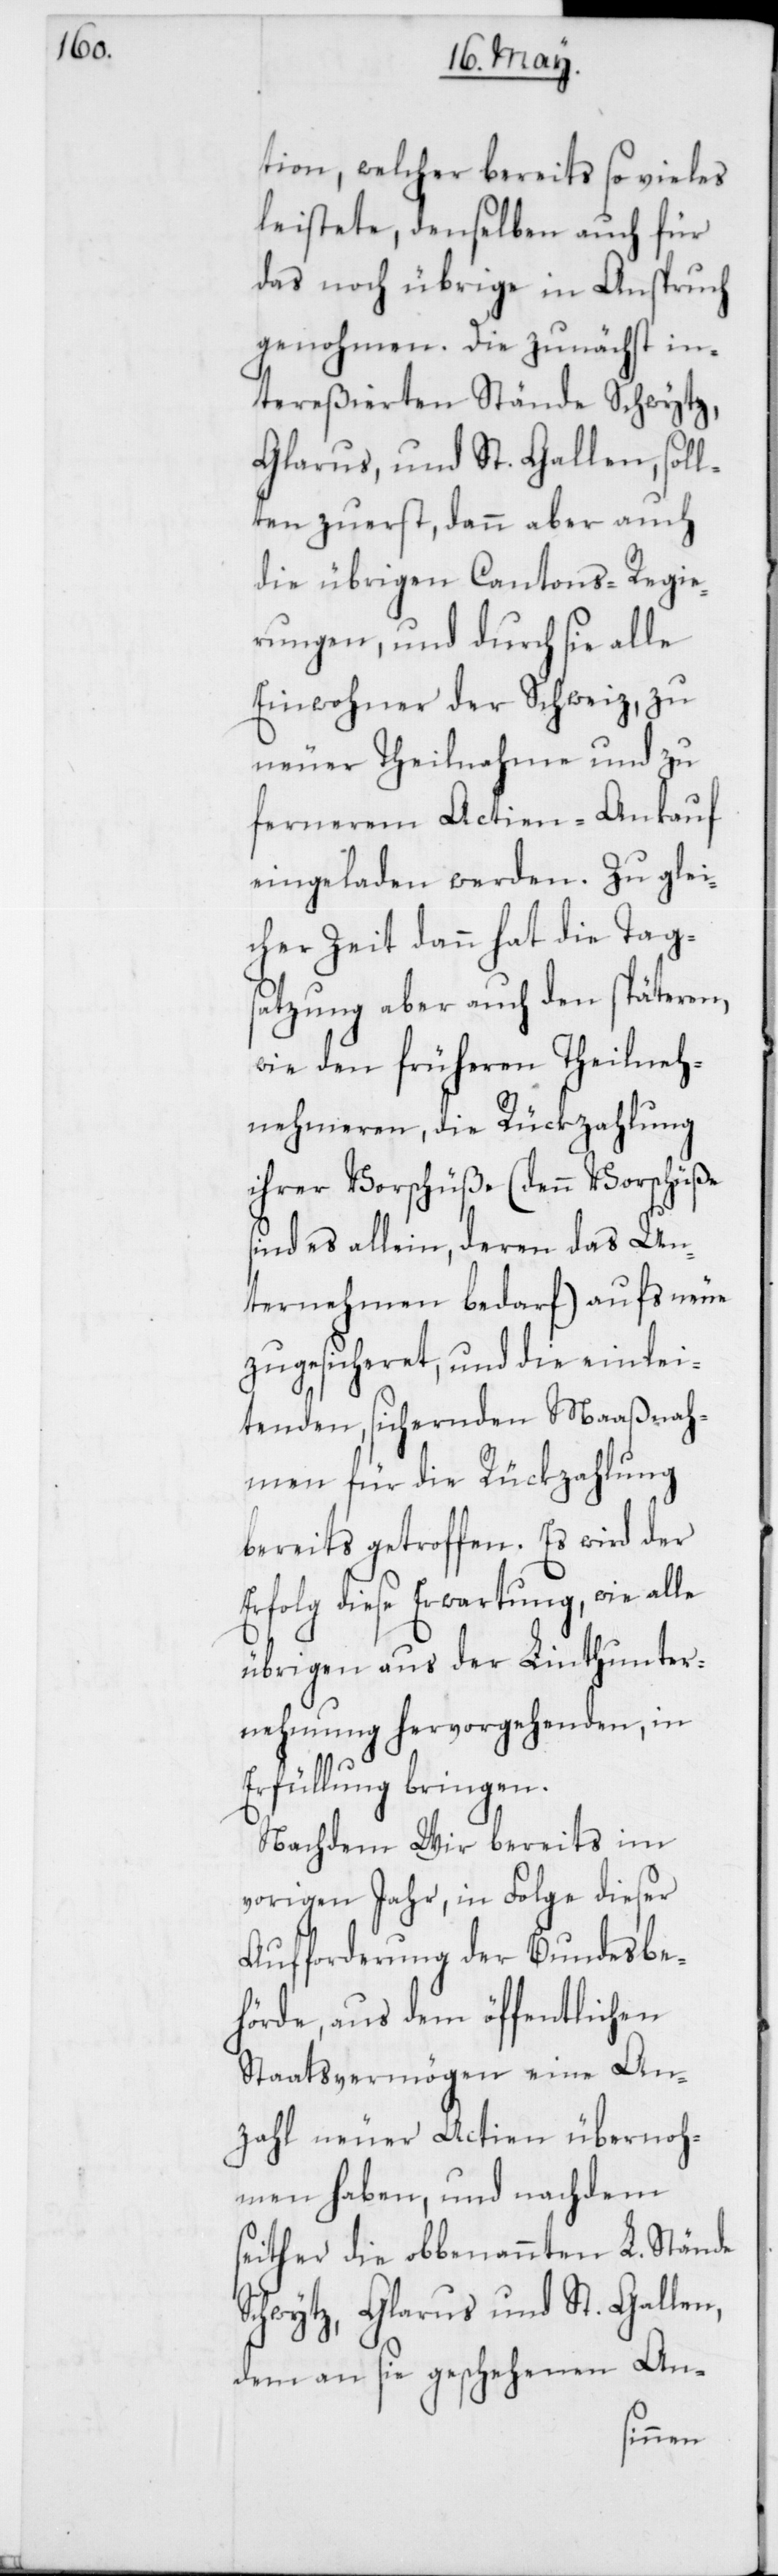
tion, welcher bereits so vieles
leistete, denselben auch für
das noch übrige in Anspruch
genohmen. Die zunächst in¬
tereßierten Stände Schwytz,
Glarus, und St. Gallen, soll¬
ten zuerst, dann aber auch
die übrigen Cantons-Regie¬
rungen, und durch sie alle
Einwohner der Schweiz, zu
neuer Theilnahme und zu
fernerem Actien-Ankauf
eingeladen werden. Zu glei¬
cher Zeit dann hat die Tag¬
satzung aber auch den späteren
wie den früheren Theil¬
nehmeren, die Rückzahlung
ihrer Vorschüße (denn Vorschüße
sind es allein, deren das Un¬
ternehmen bedarf) aufs neue
zugesicheret, und die einlei¬
tenden, sichernden Maaßnah¬
men für die Rückzahlung
bereits getroffen. Es wird der
Erfolg diese Erwartung, wie alle
übrigen aus der Linthunter¬
nehmung hervorgehenden, in
Erfüllung bringen.
Nachdem Wir bereits im
vorigen Jahr, in Folge dieser
Aufforderung der Bundesbe¬
hörde, aus dem öffentlichen
Staatsvermögen eine An¬
zahl neuer Actien übernoh¬
men haben, und nachdem
seither die obbenannten L. Stände
Schwytz, Glarus und St. Gallen,
dem an sie geschehenen An-